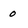
Character: 0